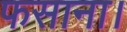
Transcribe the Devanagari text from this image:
फसाना।